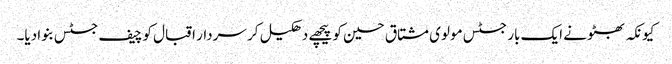
کیونکہ بھٹو نے ایک بار جسٹس مولوی مشتاق حسین کو پیچھے دھکیل کر سردار اقبال کو چیف جسٹس بنوا دیا۔